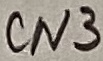
Text: CN3